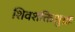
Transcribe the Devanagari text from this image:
शिवशक्तिशुभ्राः